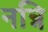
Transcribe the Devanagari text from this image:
नन्नि